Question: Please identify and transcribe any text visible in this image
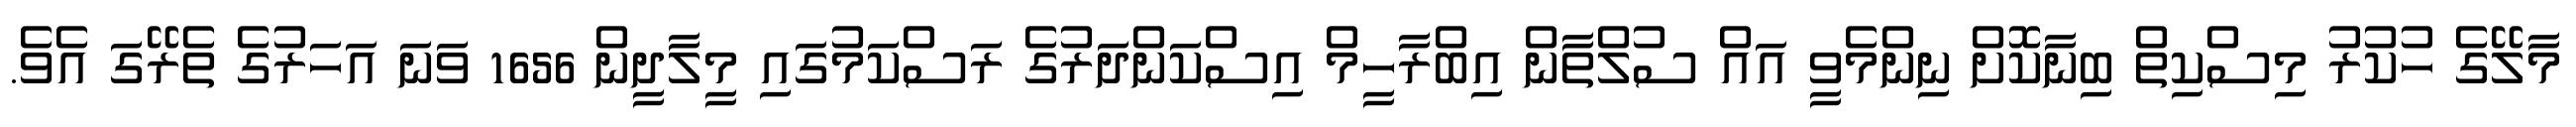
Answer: މާލޭގެ ހުކުރު މިސްކިތް ބިނާކޮށް ނިންމެވީ އައް ސުލްތާން އިބްރާހީމް އިސްކަންދަރުގެ ރަސްކަމުގައި މީލާދީން 1656 ވަނަ އަހަރުގެ ތެރޭގަ އެވެ.